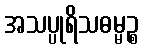
အသပ္ပုရိသဓမ္မဉ္စ